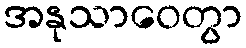
အနုသာဝေတွာ